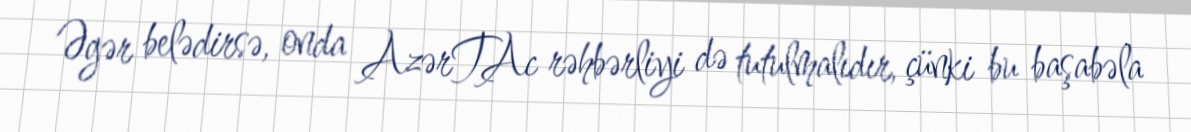
Əgər belədirsə, onda AzərTAc rəhbərliyi də tutulmalıdır, çünki bu başabəla